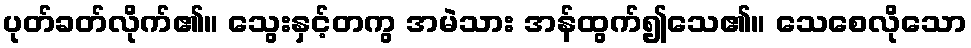
ပုတ်ခတ်လိုက်၏။ သွေးနှင့်တကွ အမဲသား အန်ထွက်၍သေ၏။ သေစေလိုသော